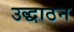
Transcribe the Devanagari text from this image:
उद्धाठन